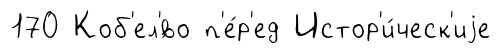
170 Коб'ел'́во п'е́р'ед Истор'и́ческ'иjе